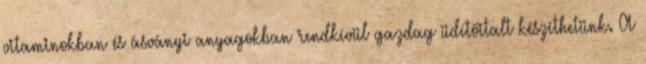
vitaminokban és ásványi anyagokban rendkívül gazdag üdítőitalt készíthetünk. A